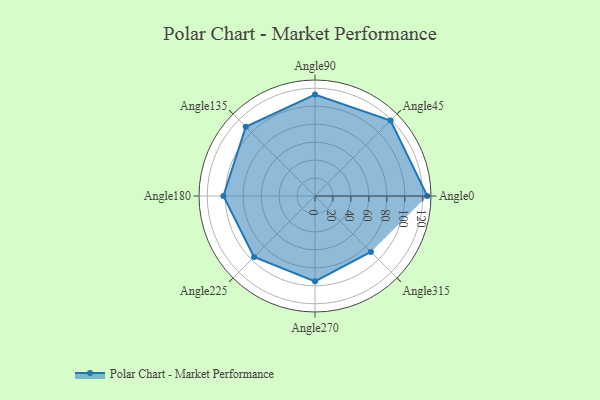
{"axis": {"x": "Angle", "y": "Radius"}, "legend": [""], "data": [{"x": "Angle0", "y": 125.0, "type": ""}, {"x": "Angle45", "y": 119.0, "type": ""}, {"x": "Angle90", "y": 113.0, "type": ""}, {"x": "Angle135", "y": 109.0, "type": ""}, {"x": "Angle180", "y": 102.0, "type": ""}, {"x": "Angle225", "y": 96.0, "type": ""}, {"x": "Angle270", "y": 95.0, "type": ""}, {"x": "Angle315", "y": 88.0, "type": ""}]}